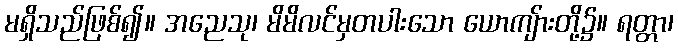
မရှိသည်ဖြစ်၍။ အညေသု၊ မိမိလင်မှတပါးသော ယောကျ်ားတို့၌။ ရတ္တာ၊